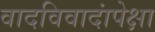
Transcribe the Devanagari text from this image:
वादविवादांपेक्षा